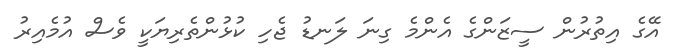
އޭގެ އިތުރުން ސީޒަންގެ އެންމެ ގިނަ ލަނޑު ޖެހި ކުޅުންތެރިޔަކީ ވެސް އުމެއިރު